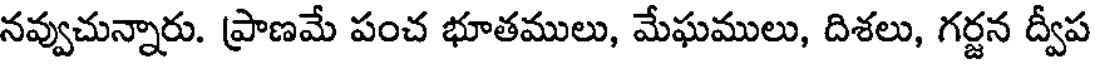
నవ్వుచున్నారు. ప్రాణమే పంచ భూతములు, మేఘములు, దిశలు, గర్జన ద్వీప